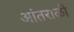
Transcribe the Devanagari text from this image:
आंतराळी